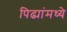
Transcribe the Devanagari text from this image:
पिढ्यांमध्ये